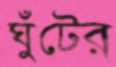
ঘুঁটের